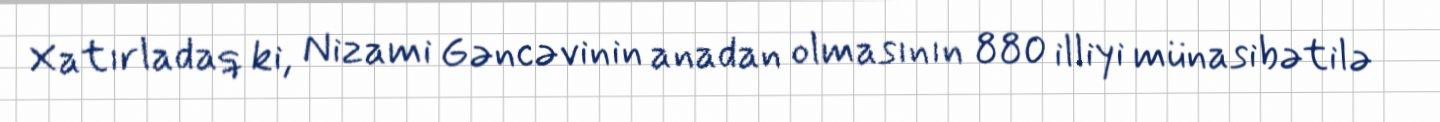
Xatırladaq ki, Nizami Gəncəvinin anadan olmasının 880 illiyi münasibətilə